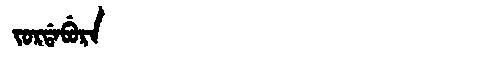
Manchu: ᠵᠣᡵᡩᠠᠪᡠᡵᠠ
Romanization: JORDABURA